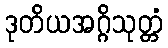
ဒုတိယအဂ္ဂိသုတ္တံ